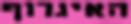
האיגרוף